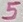
Text: 5